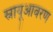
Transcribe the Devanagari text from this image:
स्नायूआवरण